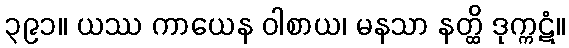
၃၉၁။ ယဿ ကာယေန ဝါစာယ၊ မနသာ နတ္ထိ ဒုက္ကဋံ။